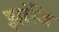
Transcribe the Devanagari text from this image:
झांजि